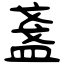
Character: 盞